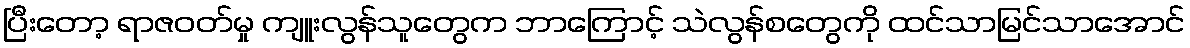
ပြီးတော့ ရာဇဝတ်မှု ကျူးလွန်သူတွေက ဘာကြောင့် သဲလွန်စတွေကို ထင်သာမြင်သာအောင်